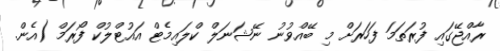
ރާއްޖޭގައި ފުރަތަމަ ފަހަރަށް މި ބޭއްވުނު ނޭޝަނަލް ކްލައިމެޓް އައުޓްލުކް ފޯރަމް (އެން.